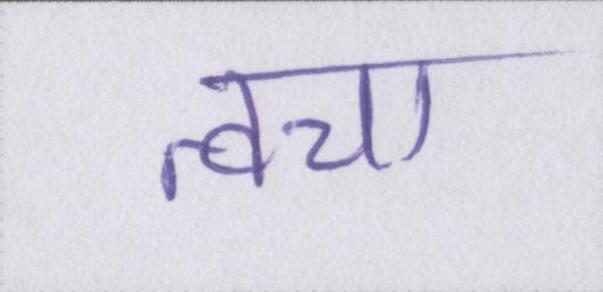
त्वचा